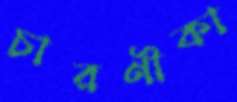
চারণীকা